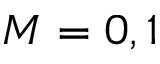
M = 0 , 1